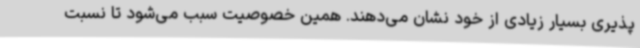
پذیری بسیار زیادی از خود نشان می‌دهند. همین خصوصیت سبب می‌شود تا نسبت